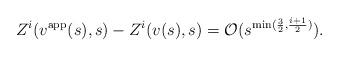
LaTeX: \begin{align*} Z^i(v^\mathrm{app}(s),s)-Z^i(v(s),s) = \mathcal O(s^{\min(\frac 32, \frac{i+1}2)}).\end{align*}